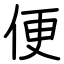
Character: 便